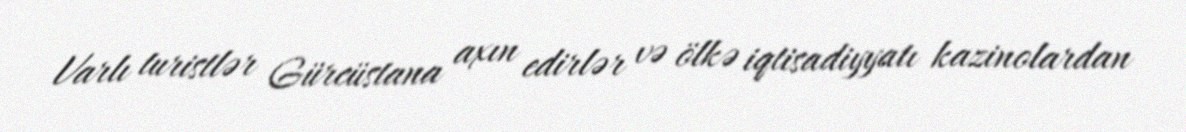
Varlı turistlər Gürcüstana axın edirlər və ölkə iqtisadiyyatı kazinolardan